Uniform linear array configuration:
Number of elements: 4
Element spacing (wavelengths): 0.5
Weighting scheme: hamming
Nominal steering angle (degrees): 30
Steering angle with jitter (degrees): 30.824
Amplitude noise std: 0.05
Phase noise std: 0.05

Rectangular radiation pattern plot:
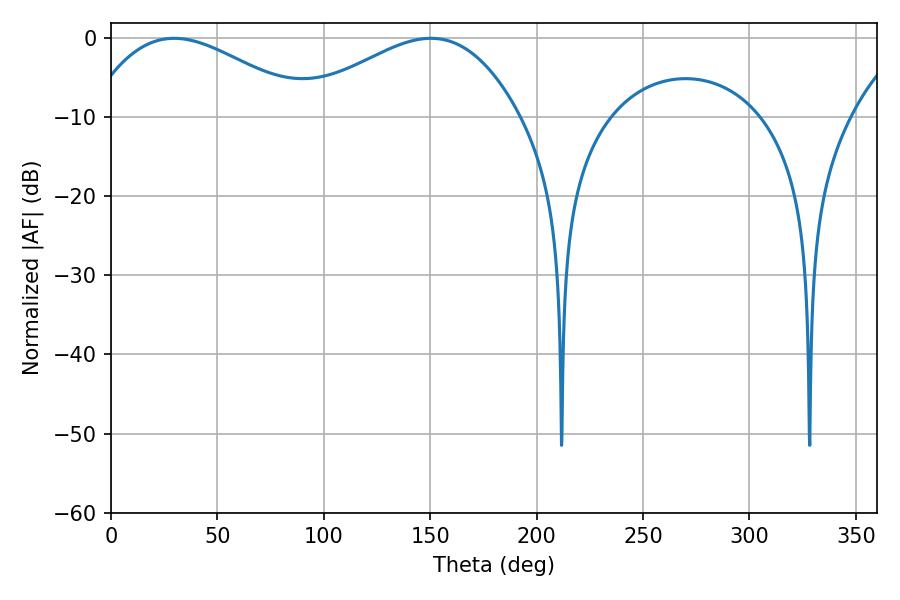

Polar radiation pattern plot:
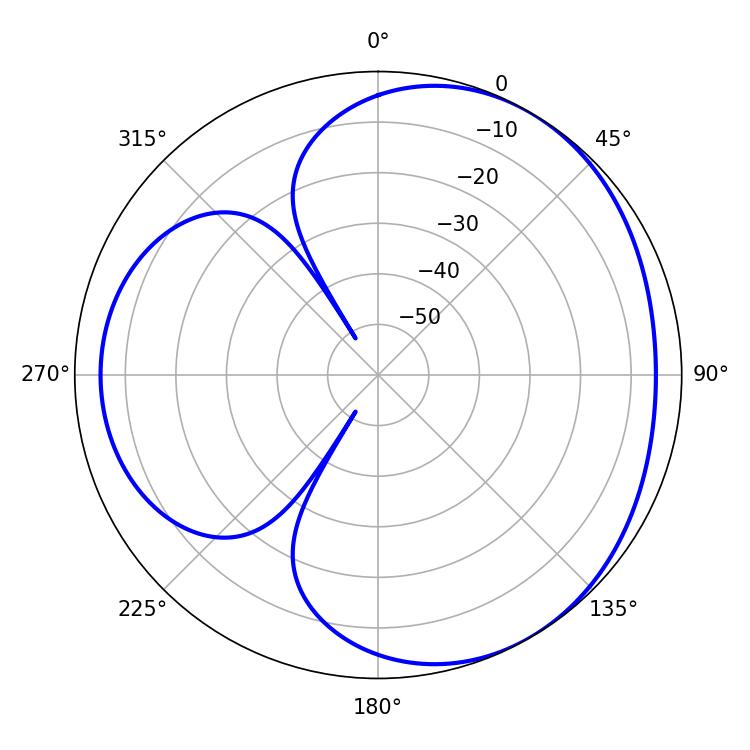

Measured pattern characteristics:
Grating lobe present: FALSE
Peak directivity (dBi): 3.564
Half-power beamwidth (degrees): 56.7
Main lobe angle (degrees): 29.7